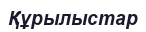
Құрылыстар